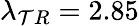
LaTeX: \lambda_{\mathcal{T}R}=2.85